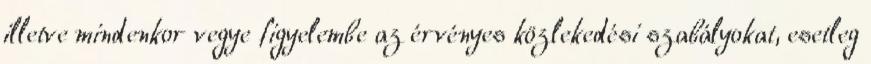
illetve mindenkor vegye figyelembe az érvényes közlekedési szabályokat, esetleg